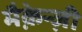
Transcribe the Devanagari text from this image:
मैक़ेन्ज़ी